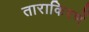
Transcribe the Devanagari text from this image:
ताराकिरणें